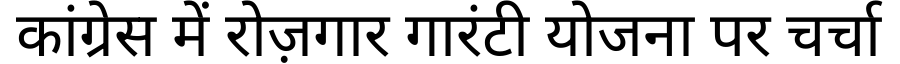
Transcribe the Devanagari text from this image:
कांग्रेस में रोज़गार गारंटी योजना पर चर्चा